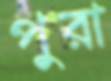
পুরা